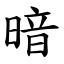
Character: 暗